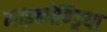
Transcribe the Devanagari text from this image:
माइकोण्ड्रिया